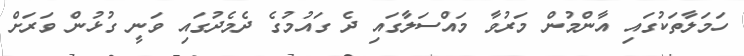
ހަމަލާތަކުގައި އާންމުން މަރުވާ މައްސަލާގައި ދެ ގައުމުގެ ދެމެދުގައި ވަނީ ގުޅުން ވަރަށް